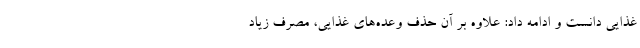
غذایی دانست و ادامه داد: علاوه بر آن حذف وعده‌های غذایی، مصرف زیاد